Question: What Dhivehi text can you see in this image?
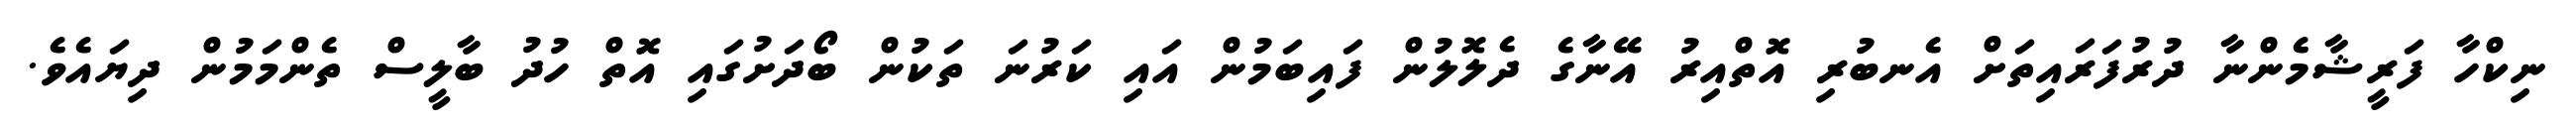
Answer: ނިކްހާ ފަރީޝާމެންނާ ދުރުފަރައިތަށް އެނބުރި އޮތްއިރު އޭނާގެ ދެލޮލުން ފައިބަމުން އައި ކަރުނަ ތަކުން ބޯދަށުގައި އޮތް ހުދު ބާލީސް ތެންމަމުން ދިޔައެވެ.